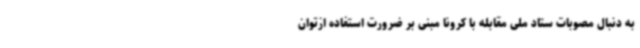
به دنبال مصوبات ستاد ملی مقابله با کرونا مبنی بر ضرورت استفاده ازتوان